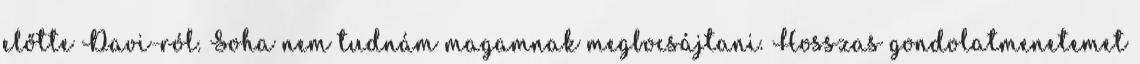
előtte Davi-ról. Soha nem tudnám magamnak megbocsájtani. Hosszas gondolatmenetemet